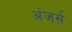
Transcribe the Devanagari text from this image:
अंजर्स